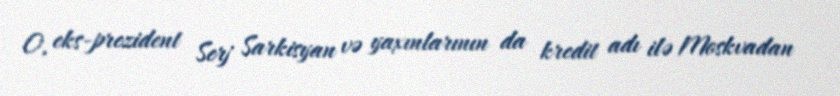
O, eks-prezident Serj Sarkisyan və yaxınlarının da kredit adı ilə Moskvadan